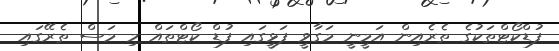
ފުޑްކޯޓްތަކުގެ ތެރެއިން އަމީނީ މަގާވީ ފަޅީގައި ފުޑް ކޯޓްތައް މި މަސް ތެރޭގައި